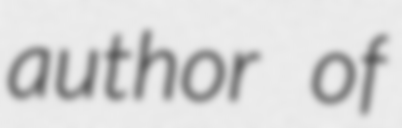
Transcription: author of